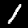
Digit: 1